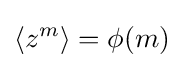
\langle z^{m}\rangle =\phi (m)